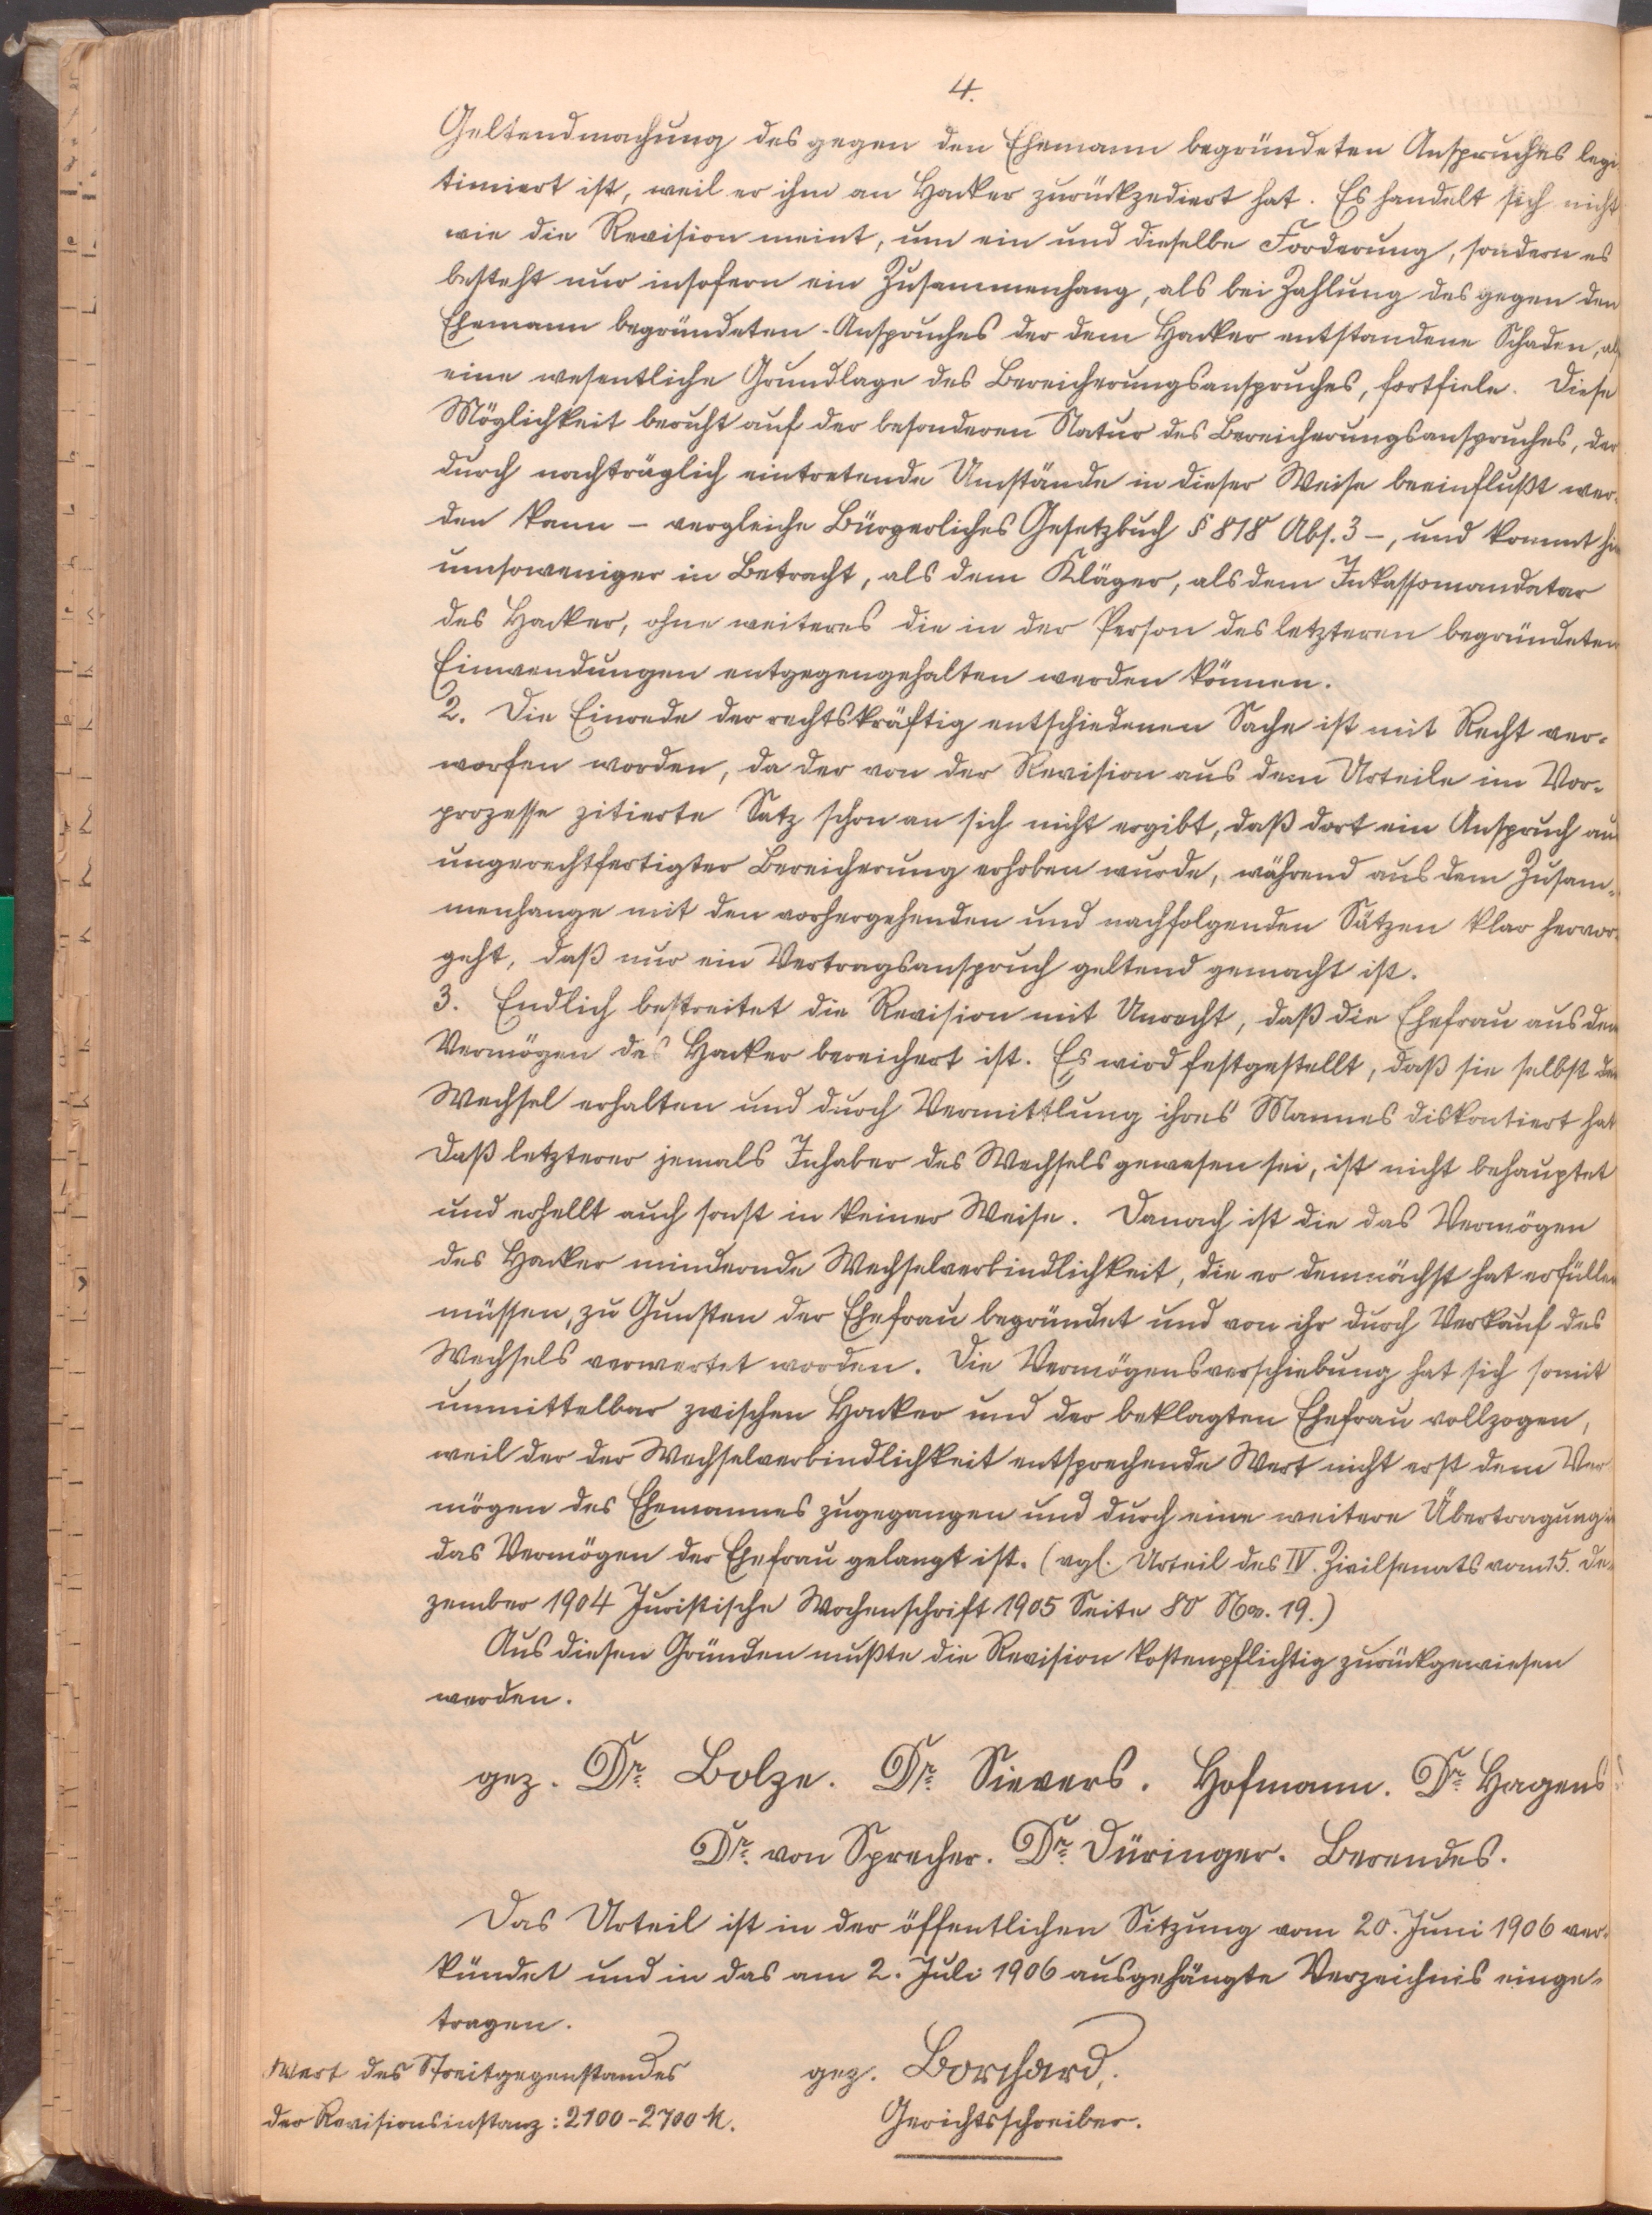
4.

Geltendmachung des gegen den Ehemann begründeten Anspruches legi¬
timiert ist, weil er ihn an H. zurückzediert hat. Es handelt sich nicht,
wie die Revision meint, um ein und dieselbe Forderung, sondern es
besteht nur insofern ein Zusammenhang, als bei Zahlung des gegen den
Ehemann begründeten Anspruches der dem H. entstandenen Schaden, als
eine wesentliche Grundlage des Bereicherungsanspruches, fortfiel. Diese
Möglichkeit beruht auf der besonderen Natur des Bereicherungsanspruches, der
durch nachträglich eintretende Umstände in dieser Weise beeinflußt wer¬
den kann - vergleiche Bürgerliches Gesetzbuch § 818 Abs. 3 -, und kommt hier
umsoweniger in Betracht, als dem Kläger, als dem Inkassomandatar
des H., ohne weiteres die in der Person des letzteren begründeten
Einwendungen entgegengehalten werden können.
2. Die Einrede der rechtskräftig entschiedenen Sache ist mit Recht ver¬
worfen worden, da der von der Revision aus dem Urteile im Vor¬
prozesse zitierte Satz schon an sich nicht ergibt, daß dort ein Anspruch aus
ungerechtfertigter Bereicherung erhoben wurde, während aus dem Zusam¬
menhange mit den vorhergehenden und nun folgenden Sätzen klar hervor¬
geht, daß nur ein Vertragsanspruch geltend gemacht ist.
3. Endlich bestreitet die Revision mit Unrecht, daß die Ehefrau aus dem
Vermögen des H. bereichert ist. Es wird festgestellt, daß sie selbst den
Wechsel erhalten und durch Vermittelung ihres Mannes diskontiert hat.
Daß letztere jemals Inhaber des Wechsels gewesen sei, ist nicht behauptet
und erhellt auch sonst in keiner Weise. Danach ist die das Vermögen
des H. mindernde Wechselverbindlichkeit, die er demnächst hat erfüllen
müssen, zu Gunsten der Ehefrau begründet und von ihr durch Verkauf des
Wechsels verwertet worden. Die Vermögensverschiebung hat sich somit
unmittelbar zwischen H. und der beklagten Ehefrau vollzogen,
weil der der Wechselverbindlichkeit entsprechende Wert nicht erst dem Ver¬
mögen des Ehemannes zugegangen und durch eine weitere Übertragung in
das Vermögen der Ehefrau gelangt ist (vgl. Urteil des IV. Zivilsenats vom 15. De¬
zember 1904, Juristische Wochenschrift 1905, Seite 80 Nr. 19).
Aus diesem Grunde mußte die Revision kostenpflichtig zurückgewiesen
werden.

gez. Dr. Bolze. Dr. Sievers. Hofmann. Dr. Hagens.
Dr. von Sprecher. Dr. Düringer. Berendes.
Das Urteil ist in der öffentlichen Sitzung vom 20. Juni 1906 ver¬
kündet und in das am 2. Juli 1906 ausgehängte Verzeichnis einge¬
tragen.
Wert des Streitgegenstandes gez. Borchard,
der Revisionsinstanz: 2100-2700 M. Gerichtsschreiber.